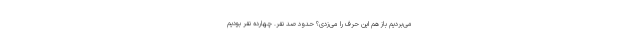
می‌بردیم باز هم این حرف را می‌زدی؟ حدود صد نفر. چهارده نفر بودیم‌